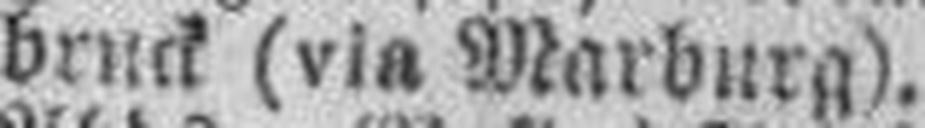
bruck (via Marburg).